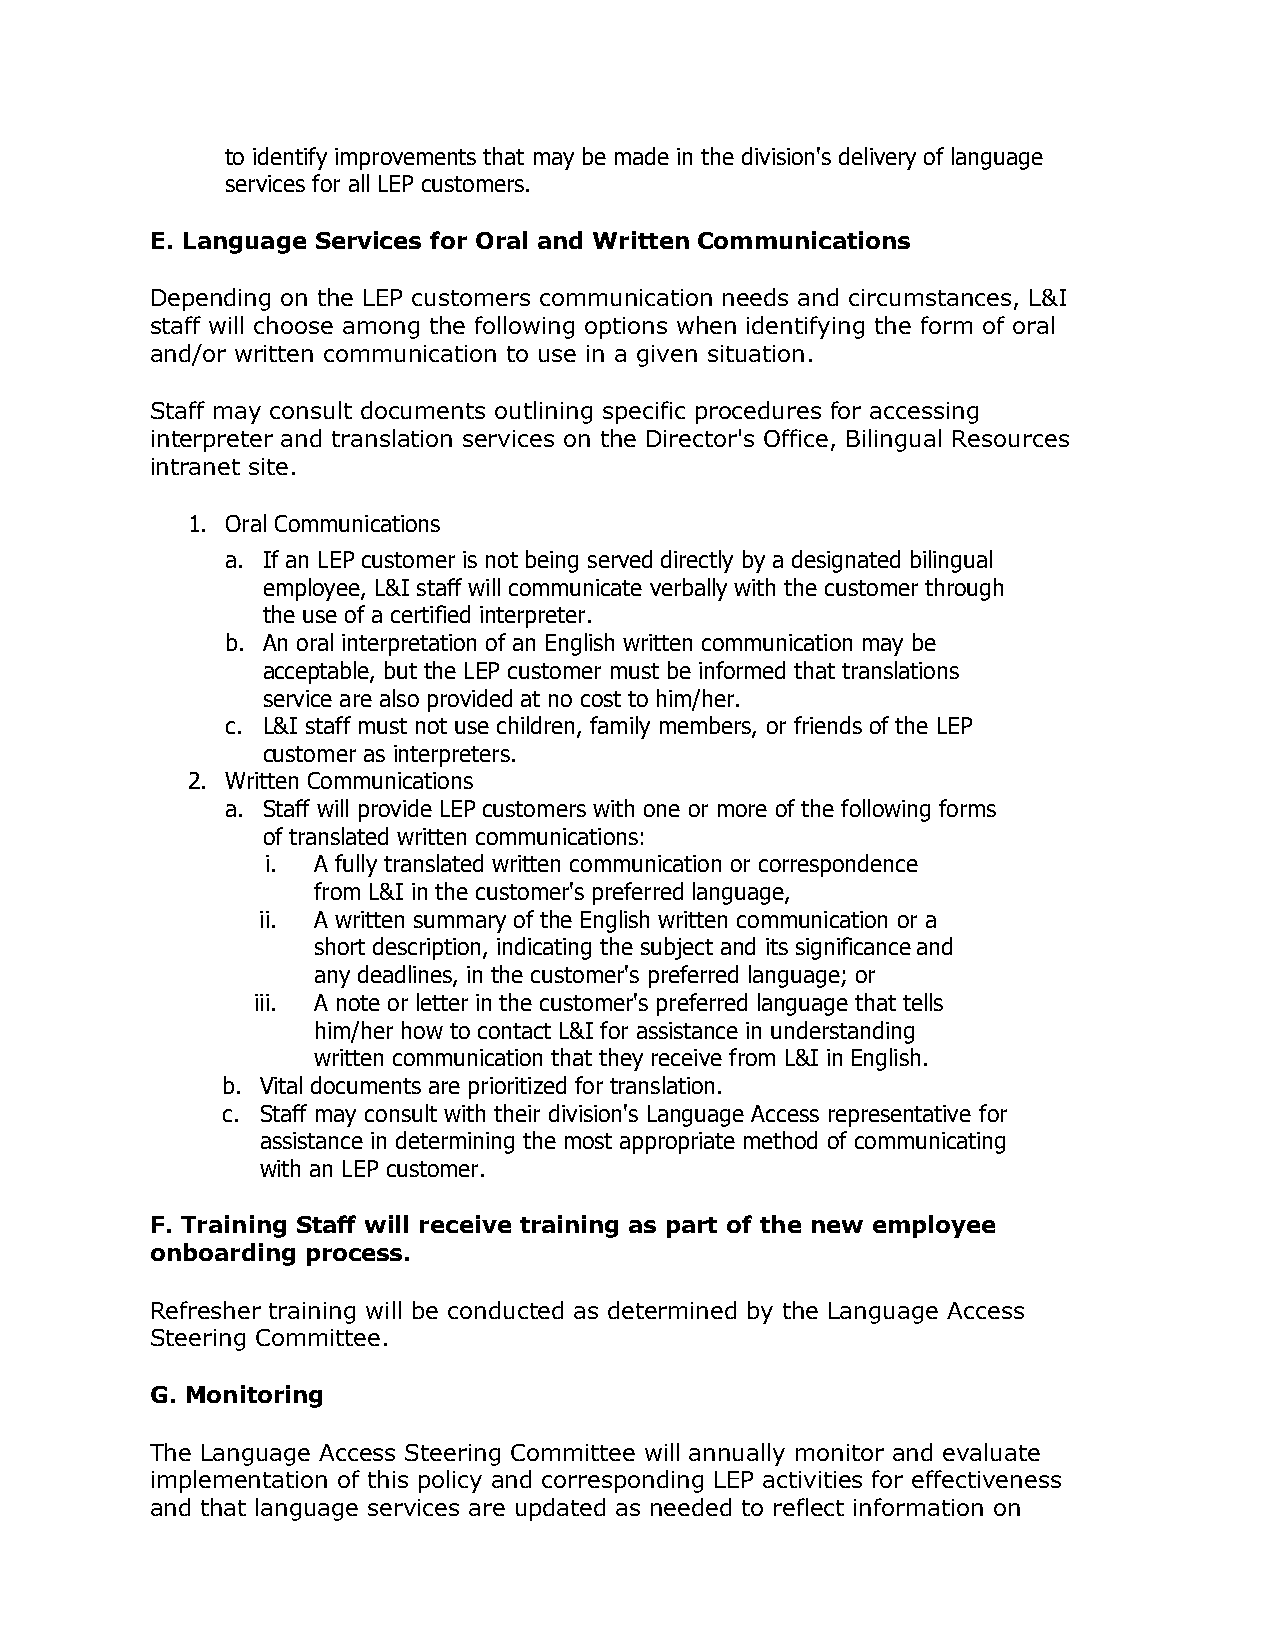
to identify improvements that may be made in the division's delivery of language
 services for all LEP customers.
 E. Language Services for Oral and Written Communications
 Depending on the LEP customers communication needs and circumstances, L&I
 staff will choose among the following options when identifying the form of oral
 and/or written communication to use in a given situation.
 Staff may consult documents outlining specific procedures for accessing
 interpreter and translation services on the Director's Office, Bilingual Resources
 intranet site.
 1. Oral Communications
 a. If an LEP customer is not being served directly by a designated bilingual
 employee, L&I staff will communicate verbally with the customer through
 the use of a certified interpreter.
 b. An oral interpretation of an English written communication may be
 acceptable, but the LEP customer must be informed that translations
 service are also provided at no cost to him/her.
 c. L&I staff must not use children, family members, or friends of the LEP
 customer as interpreters.
 2. Written Communications
 a. Staff will provide LEP customers with one or more of the following forms
 of translated written communications:
 i. A fully translated written communication or correspondence
 from L&I in the customer's preferred language,
 ii. A written summary of the English written communication or a
 short description, indicating the subject and its significance and
 any deadlines, in the customer's preferred language; or
 iii. A note or letter in the customer's preferred language that tells
 him/her how to contact L&I for assistance in understanding
 written communication that they receive from L&I in English.
 b. Vital documents are prioritized for translation.
 c. Staff may consult with their division's Language Access representative for
 assistance in determining the most appropriate method of communicating
 with an LEP customer.
 F. Training Staff will receive training as part of the new employee
 onboarding process.
 Refresher training will be conducted as determined by the Language Access
 Steering Committee.
 G. Monitoring
 The Language Access Steering Committee will annually monitor and evaluate
 implementation of this policy and corresponding LEP activities for effectiveness
 and that language services are updated as needed to reflect information on